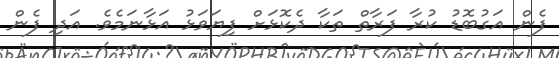
ފެން އަގުބޮޑު ކުރާ ފަރާތް ތަކާ ދެކޮޅަށް ފިޔަވަޅު އަޅާނަމެވެ. އަދި ފެން